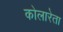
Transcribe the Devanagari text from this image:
कोलारेता